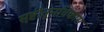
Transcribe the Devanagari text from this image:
सृष्टीतूनविकास